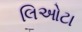
લિઓટા